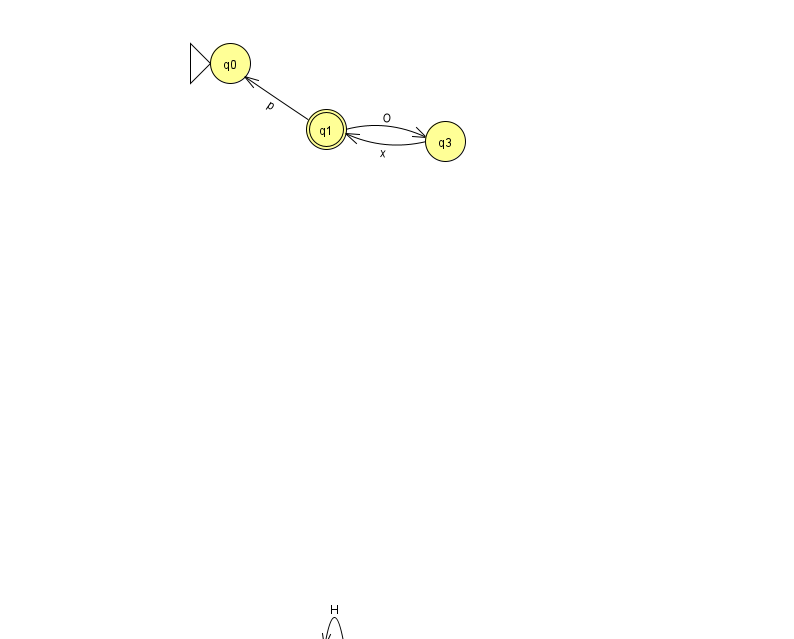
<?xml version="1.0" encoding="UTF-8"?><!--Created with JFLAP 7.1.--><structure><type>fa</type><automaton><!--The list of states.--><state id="0" name="q0"><x>230.0</x><y>50.0</y><initial/></state><state id="1" name="q1"><x>326.0</x><y>116.0</y><final/></state><state id="2" name="q2"><x>334.0</x><y>651.0</y></state><state id="3" name="q3"><x>445.0</x><y>128.0</y></state><!--The list of transitions.--><transition><from>2</from><to>2</to><read>H</read></transition><transition><from>3</from><to>1</to><read>x</read></transition><transition><from>1</from><to>0</to><read>p</read></transition><transition><from>1</from><to>3</to><read>O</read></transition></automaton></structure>